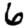
Digit: 6